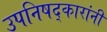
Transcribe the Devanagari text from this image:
उपनिषद्‌कारांनी